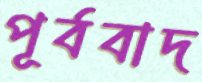
পূর্ববাদ